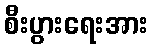
စီးပွားရေးအား